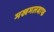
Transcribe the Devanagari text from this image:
मखमलबाफ